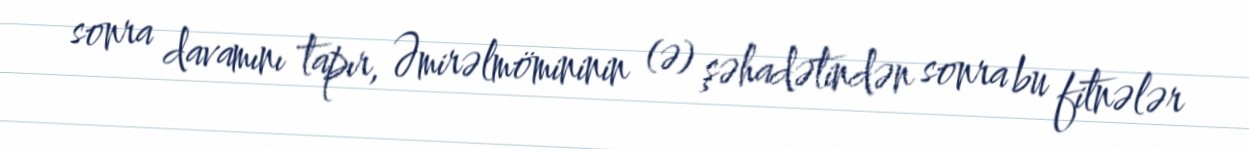
sonra davamını tapır, Əmirəlmömininin (ə) şəhadətindən sonra bu fitnələr